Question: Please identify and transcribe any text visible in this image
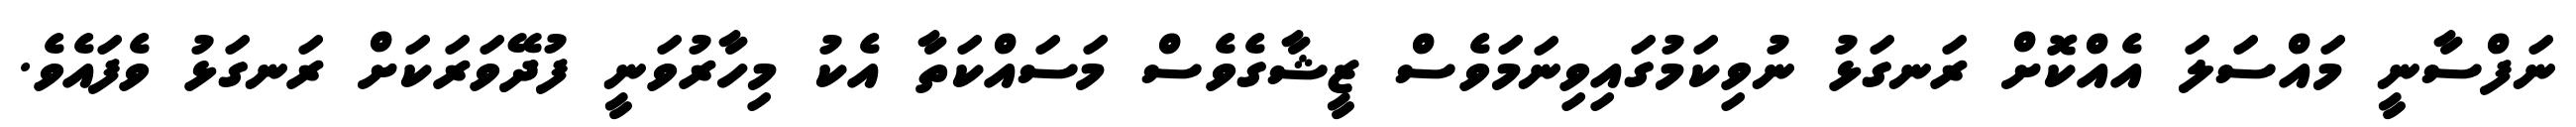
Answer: ނަފްސާނީ މައްސަލަ އެއްކޮށް ރަނގަޅު ނުވިކަމުގައިވިނަމަވެސް ޒީޝާގެވެސް މަސައްކަތާ އެކު މިހާރުވަނީ ފުދޭވަރަކަށް ރަނގަޅު ވެފައެވެ.